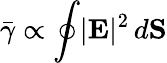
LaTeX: \bar{\gamma}\propto\oint\lvert{\mathbf E}\rvert^{2}\, d{\mathbf S}